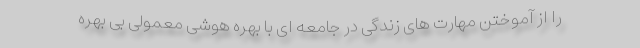
را از آموختن مهارت های زندگی در جامعه ای با بهره هوشی معمولی بی بهره